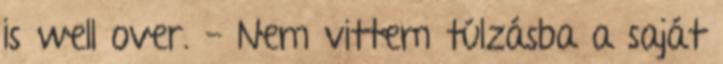
is well over.- Nem vittem túlzásba a saját